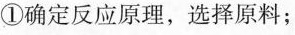
①确定反应原理，选择原料；